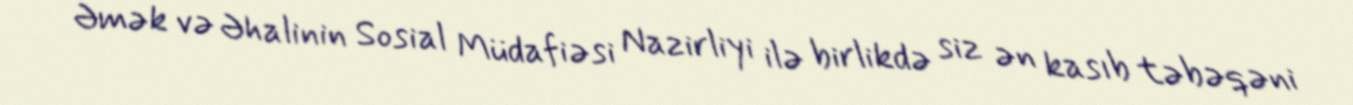
Əmək və Əhalinin Sosial Müdafiəsi Nazirliyi ilə birlikdə siz ən kasıb təbəqəni